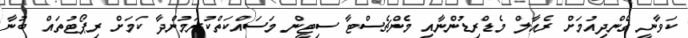
ކަވާނީ ގެންދިއުމަށް ރެއާލް މެޑްރިޑުންނާއި މެންޗެސްޓާ ސިޓީން މަސައްކަތްކުރަމުންދާ ކަމަށް ރިޕޯޓުތައް ބުނާ